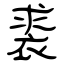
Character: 裘